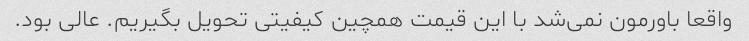
واقعا باورمون نمی‌شد با این قیمت همچین کیفیتی تحویل بگیریم. عالی بود.